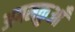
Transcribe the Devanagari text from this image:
अगमकुआँ